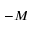
- M